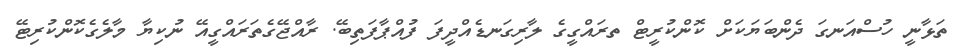
ތަޅާނީ ހުސްއަނގަ ދެންބަޔަކަށް ކޮންކުރީޓް ތރައްގީގެ ލާރިގަނޑެއްދީފަ ފުއްޕާފަތިބޭ. ރާއްޖޭގެތަރައްގީއޭ ނުކިޔާ މާލެގެކޮންކުރިޓޭ